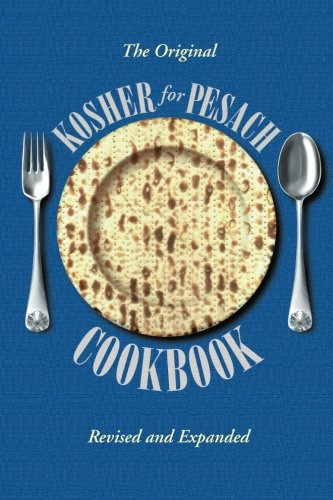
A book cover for Kosher for Passover Cookbook; Aish Hatorah Women's Organization; Cookbooks, Food & Wine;